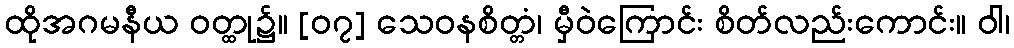
ထိုအဂမနီယ ဝတ္ထု၌။ [၀၇] သေဝနစိတ္တံ၊ မှီဝဲကြောင်း စိတ်လည်းကောင်း။ ဝါ၊